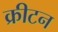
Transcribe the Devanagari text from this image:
क्रीटन